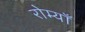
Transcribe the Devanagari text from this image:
रोम्याँ